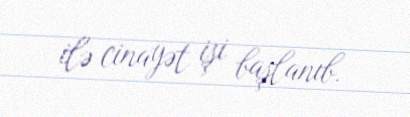
ilə cinayət işi başlanıb.